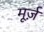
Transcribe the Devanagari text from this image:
मूर्ज़